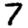
Digit: 7